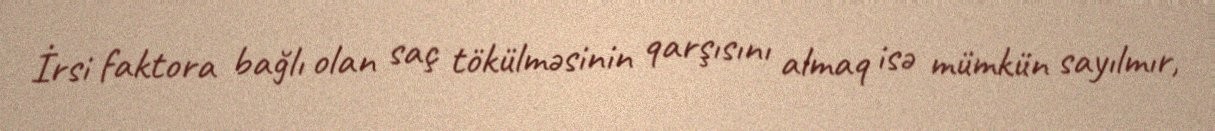
İrsi faktora bağlı olan saç tökülməsinin qarşısını almaq isə mümkün sayılmır,